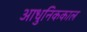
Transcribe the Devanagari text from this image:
आधुनिककाल